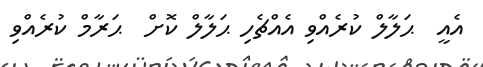
އެއީ  ޙަލާލް ކުރެއްވި އެއްޗެހި ޙަލާލް ކޮށް  ޙަރާމް ކުރެއްވި